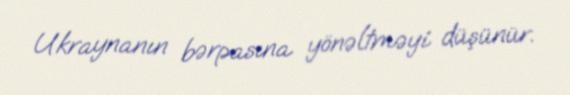
Ukraynanın bərpasına yönəltməyi düşünür.